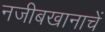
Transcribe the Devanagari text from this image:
नजीबखानाचें